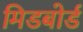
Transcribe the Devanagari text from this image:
मिडबोर्ड